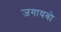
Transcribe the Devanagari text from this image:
जगायबो